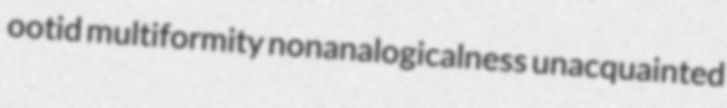
ootid multiformity nonanalogicalness unacquainted